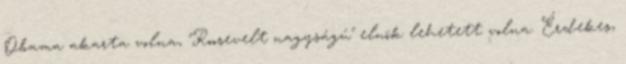
Obama akarta volna, "Roosevelt nagyságú" elnök lehetett volna. Érdekes,